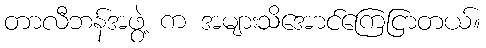
တာလီဘန်အဖွဲ့ က အများသိအောင်ကြေငြာတယ်။